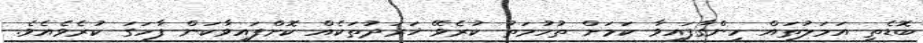
ބޮޑެތި އަމަލުތައް ހިންގާފައިވާ ކަމަށް ތުހުމަތު ކުރެވޭ ޚަރަދުތަކެއް ކޮށްފައިވާކަން ފާހަގަ ކުރެވެއެވެ.